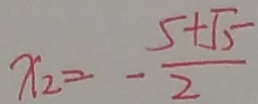
x _ { 2 } = - \frac { 5 + \sqrt { 5 } } { 2 }